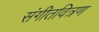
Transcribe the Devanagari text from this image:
संगीतवित्रण